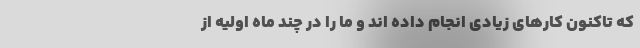
که تاکنون کار‌های زیادی انجام داده اند و ما را در چند ماه اولیه از